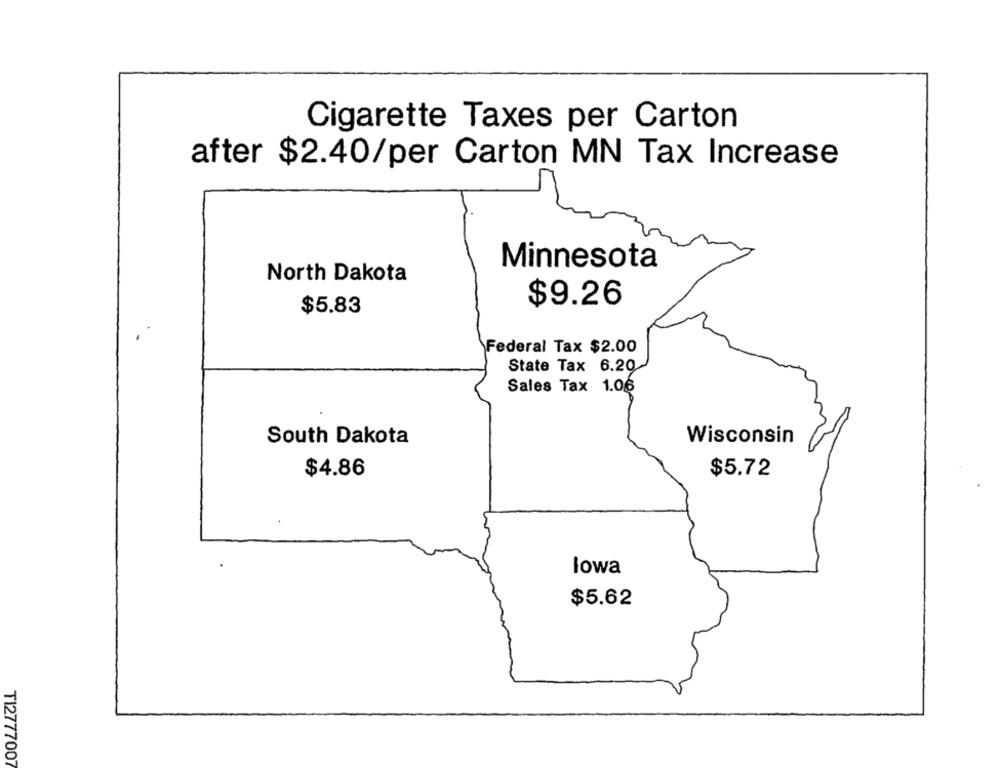
Cigarette Taxes per Carton
after $2.40/per Carton MN Tax Increase
Minnesota
North Dakota
$9.26
$5.83
Federal Tax $2.00
State Tax 6.20
Sales Tax 1.06
South Dakota
Wisconsin
$4.86
$5.72
lowa
$5.62
TI2777007